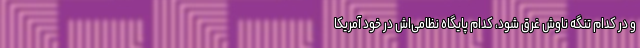
و در کدام تنگه ناوش غرق ‌شود، کدام پایگاه نظامی‌اش در خود آمریکا